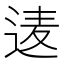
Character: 𮞒